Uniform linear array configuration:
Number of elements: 24
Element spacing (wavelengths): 1
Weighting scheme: binomial
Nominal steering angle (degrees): -45
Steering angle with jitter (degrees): -43.602
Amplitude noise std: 0.05
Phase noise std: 0.05

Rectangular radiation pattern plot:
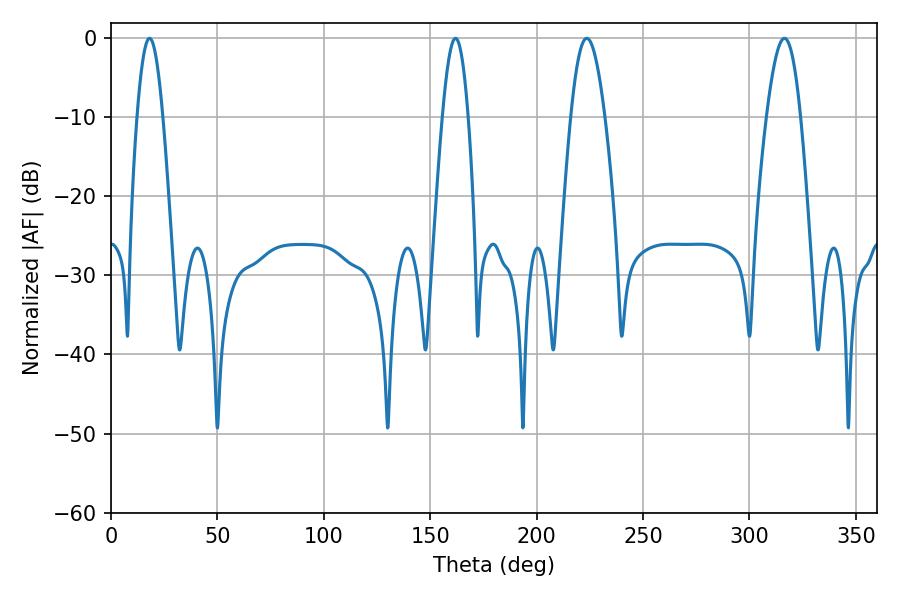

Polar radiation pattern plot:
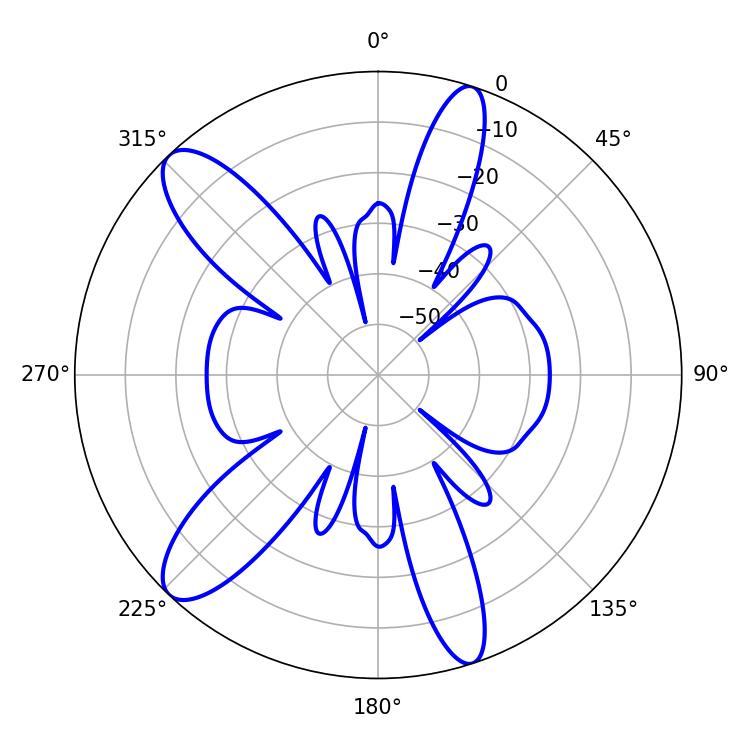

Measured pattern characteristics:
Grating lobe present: TRUE
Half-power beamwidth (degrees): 8.64
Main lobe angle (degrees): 223.56